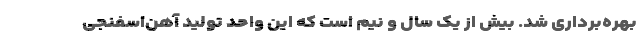
بهره‌برداری شد. بیش از یک سال و نیم است که این واحد تولید آهن‌‌اسفنجی